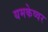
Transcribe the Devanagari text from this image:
यमकेष्वर